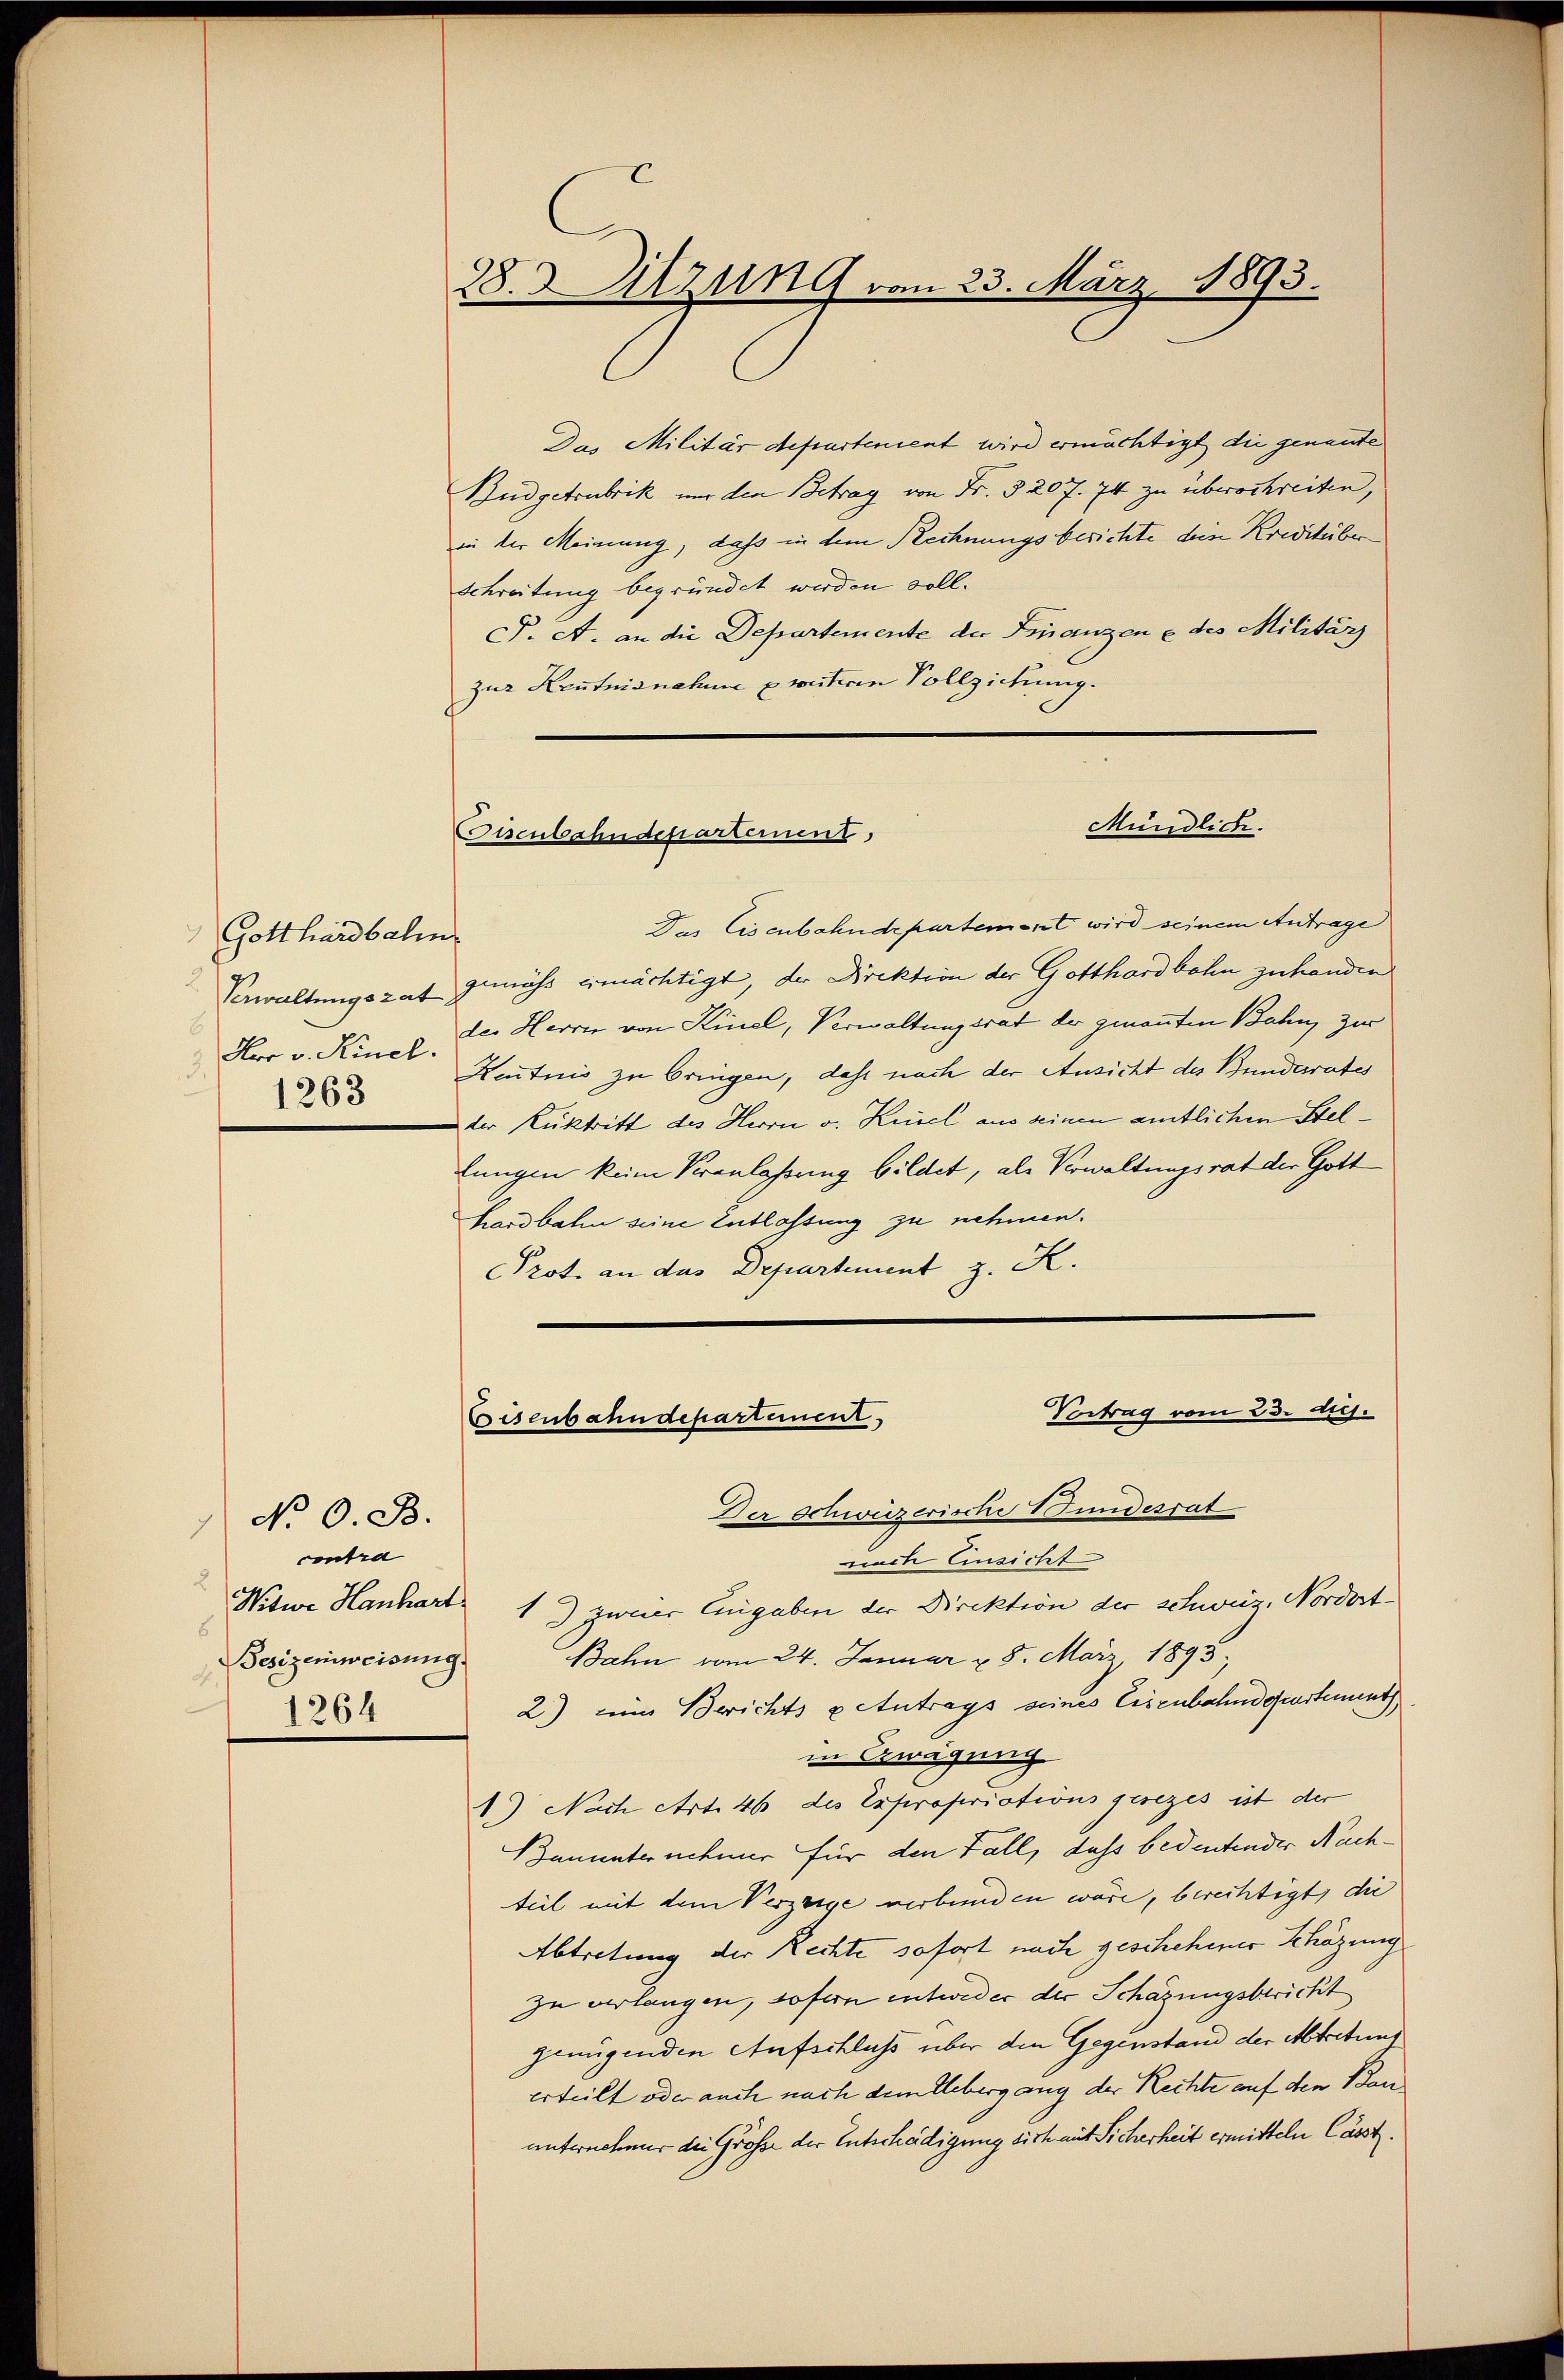
Gotthardbahn.
Verwaltungszat.
E
Hor v. Rincl.
1263

No 0. B.
contra
Besizenweisung.
1264

28. Sitzung vom 23. März 1893.

Das Militär departement wird ermächtigt die genannte
Budgetrubrik nur den Betrag von Fr. § 207. 74 zu überschreiten,
in der Meinung, daß in dem Rechnungsberichte dein Kreditüber
Schreitung begründet werden soll.
P. A. an die Departemente der Finanzen e des Militär
zur Kentnisnahme pretiren Vollziehung.
Das Eisenbahndepartement wird seinem Antrage
gemäss ermächtigt, der Direktion der Gotthardbahn zu handen
der Herren von Kinel, Verwaltungsrat der genannten Bahn zur
Hentnis zu bringen, daß nach der Ansicht des Bunderrates
der Rücktritt des Herrn v. Kusel aus seinen amtlichen Stellungen kein Veranlassung bildet, als Verwaltungsrat der Gott
hardbahn seine Entlassung zu nehmen.
PProt. an das Departement z. K.
Vertrag vom 23. dies.
Eisenbahndepartement
Der Schwüzerische Bundesrat
nach Einsicht
Witwe Hanhart 1) zweier Eingaben der Direktion der schweiz. Nordert¬
Bahn vom 24. Januar u. 8. März 1895,
2) eine Berichts u Antrags seines Eisenbahndepartement
in Zwegung
1.) Nach Art. 46 des Expropriationsgesezes ist der
Bauunternehmer für den Fall, dass bedeutender Nachteil mit dem Verzeige verbunden wäre, berechtigt, die
Abtretung der Rechte sofort nach geschehener Schäzung
zu verlangen, sofern entweder der Schazungsbericht
genügenden Aufschluß über den Gegenstand der Abtretuns
erteilt oder auch nach dem Uebergang der Rechte auf den Bauunternehmer die Größe der Entschädigung sich mit Sicherheit ermitteln lässt.

Mündlich.
Cisenbahndepartement,